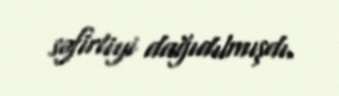
səfirliyi dağıdılmışdı.